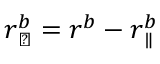
\boldsymbol { r } _ { \perp } ^ { b } = \boldsymbol { r } ^ { b } - \boldsymbol { r } _ { \parallel } ^ { b }